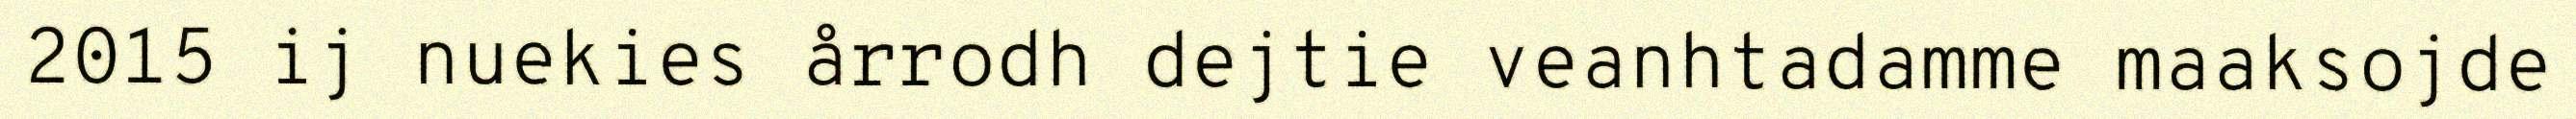
2015 ij nuekies årrodh dejtie veanhtadamme maaksojde